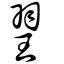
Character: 䍿